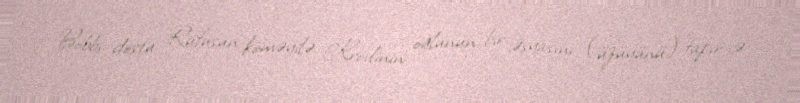
Bobbi dostu Rufusun köməyilə Krovlinin oğlunun bir əşyasını (üzüyünü) tapır və